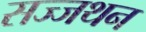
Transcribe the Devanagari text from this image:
सज्जथन